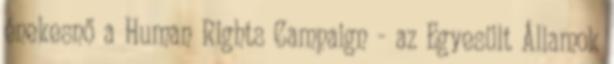
énekesnő a Human Rights Campaign - az Egyesült Államok